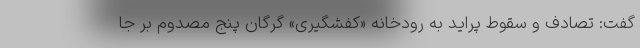
گفت: تصادف و سقوط پراید به رودخانه «کفشگیری» گرگان پنج مصدوم بر جا